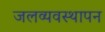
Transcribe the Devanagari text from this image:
जलव्यवस्थापन